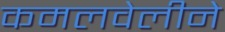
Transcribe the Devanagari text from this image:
कमलवेलीने